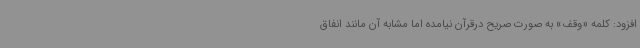
افزود: کلمه «وقف» به صورت صریح درقرآن نیامده اما مشابه آن مانند انفاق